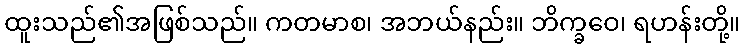
ထူးသည်၏အဖြစ်သည်။ ကတမာစ၊ အဘယ်နည်း။ ဘိက္ခဝေ၊ ရဟန်းတို့။